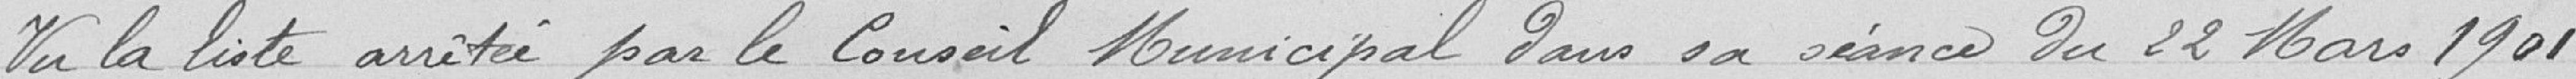
Vu la liste arrêtée par le conseil Municipale dans sa séance du 22 Mars 1901